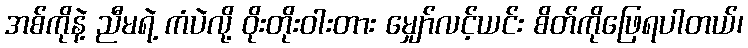
အစ်ကိုနဲ့ ညီမရဲ့ ကံပဲလို့ ဝိုးတိုးဝါးတား မျှော်လင့်ယင်း စိတ်ကိုဖြေရပါတယ်၊